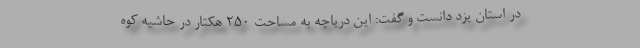
در استان یزد دانست و گفت: این دریاچه به مساحت ۲۵۰ هکتار در حاشیه کوه